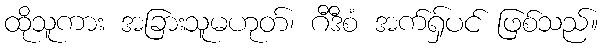
ထိုသူကား အခြားသူမဟုတ်၊ ဂီဒီစံ အက်ရှ်ပင် ဖြစ်သည်။